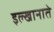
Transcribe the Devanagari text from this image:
इल्खानाते